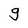
Character: g